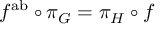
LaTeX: f ^ { \mathrm { a b } } \circ \pi _ { G } = \pi _ { H } \circ f